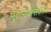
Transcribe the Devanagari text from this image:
मुद्राराक्षसकार